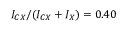
I _ { C X } / ( I _ { C X } + I _ { X } ) = 0 . 4 0